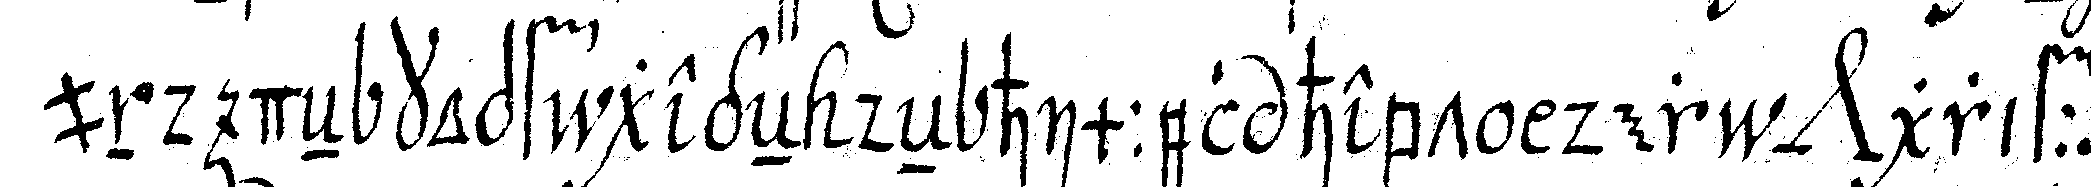
und deN kopf gegeN deN himmel hebt der *nee* griff